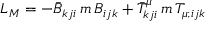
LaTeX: { \cal L } _ { M } = - \bar { B } _ { k j i } \, m \, B _ { i j k } + \bar { T } _ { k j i } ^ { \mu } \, m \, T _ { \mu ; i j k }